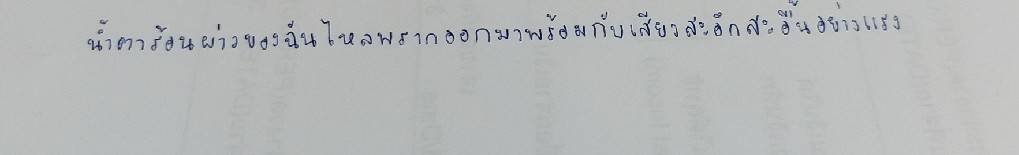
น้ำตาร้อนผ่าวของฉันไหลพรากออกมาพร้อมกับเสียงสะอึกสะอื้นอย่างแรง